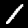
Digit: 1